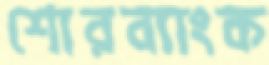
শোরব্যাংক